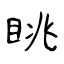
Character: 眺